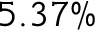
5 . 3 7 \%